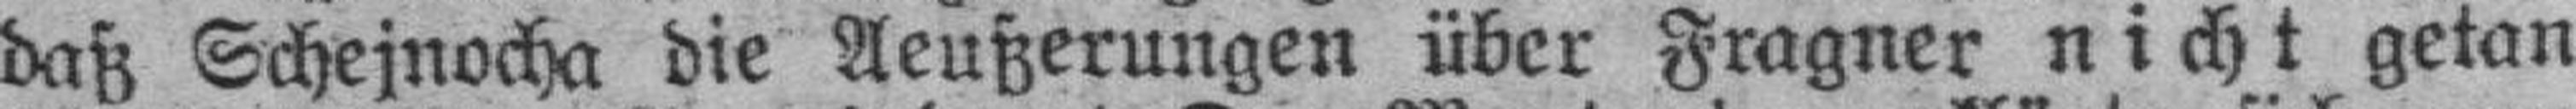
daß Schejnocha die Aeußerungen über Fragner nicht getan